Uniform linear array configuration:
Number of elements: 64
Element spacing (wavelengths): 0.25
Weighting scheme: uniform
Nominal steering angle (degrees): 60
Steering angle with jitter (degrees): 61.424
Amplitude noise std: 0.05
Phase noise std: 0.05

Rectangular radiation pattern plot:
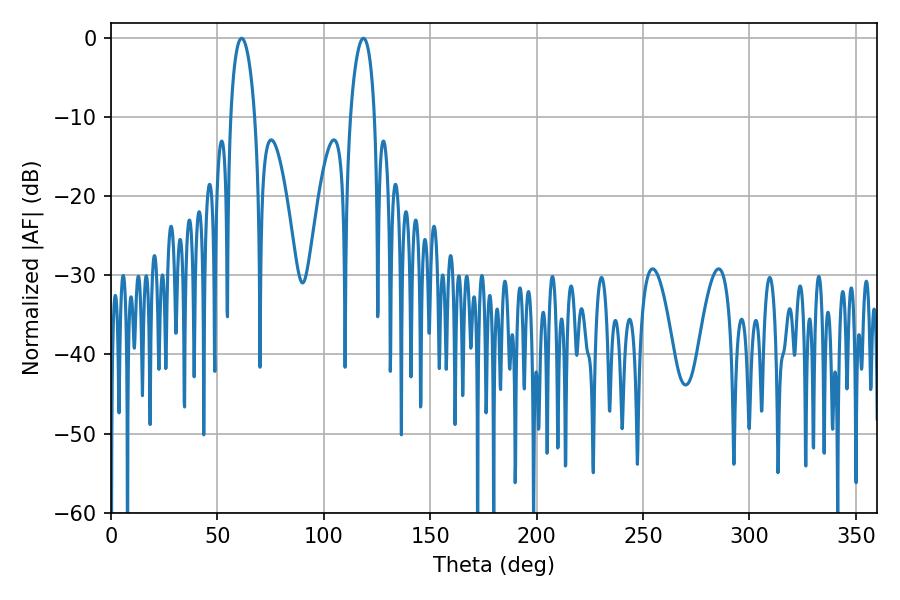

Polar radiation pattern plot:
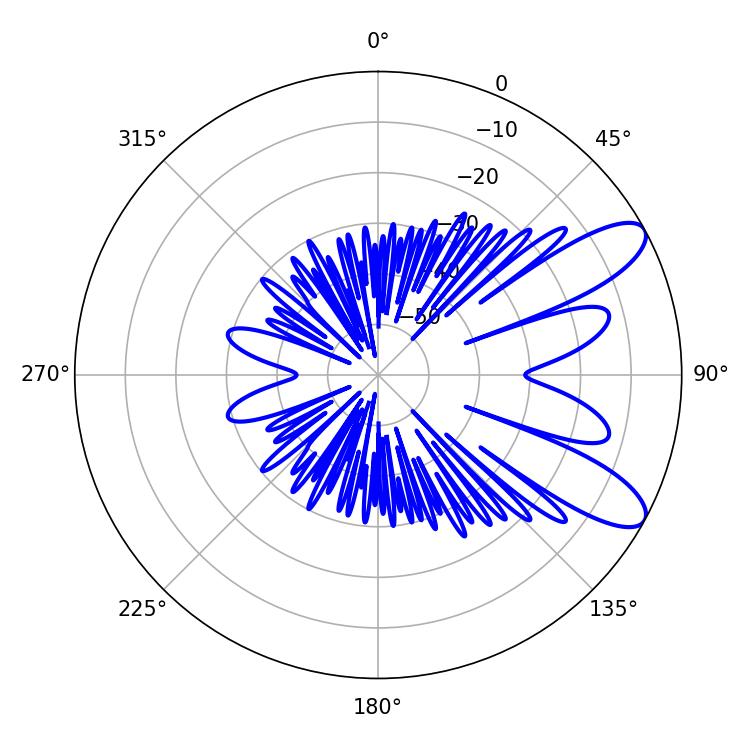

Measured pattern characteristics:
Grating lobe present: FALSE
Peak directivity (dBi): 9.43
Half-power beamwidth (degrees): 6.48
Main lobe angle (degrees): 61.38